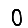
Digit: 0